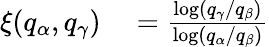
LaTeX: \begin{array}{rl}{\xi(q_{\alpha},q_{\gamma})}&{{}=\frac{\log(q_{\gamma}/q_{\beta})}{\log(q_{\alpha}/q_{\beta})}}\end{array}